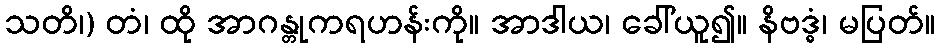
သတိ၊) တံ၊ ထို အာဂန္တုကရဟန်းကို။ အာဒါယ၊ ခေါ်ယူ၍။ နိဗဒ္ဓံ၊ မပြတ်။